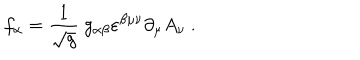
f _ { \alpha } = \frac { 1 } { \sqrt { g } } \ g _ { \alpha \beta } \varepsilon ^ { \beta \mu \nu } \partial _ { \mu } A _ { \nu } \ .